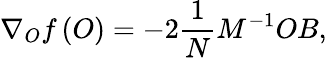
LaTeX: \nabla_{O}f\left(O\right)=-2\frac{1}{N}M^{-1}OB,